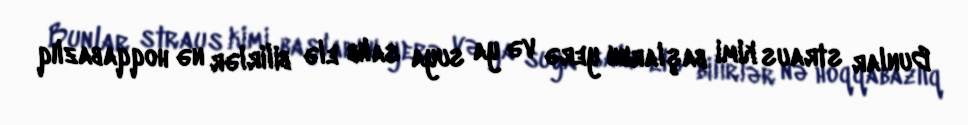
Bunlar straus kimi başlarını yerə və ya suya salıb elə bilirlər nə hoqqabazlıq